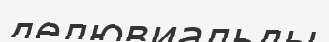
делювиальды